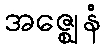
အဇ္ဈေနံ